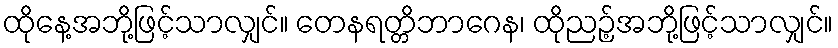
ထိုနေ့အဘို့ဖြင့်သာလျှင်။ တေနရတ္တိဘာဂေန၊ ထိုညဉ့်အဘို့ဖြင့်သာလျှင်။